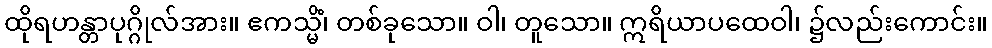
ထိုရဟန္တာပုဂ္ဂိုလ်အား။ ဧကသ္မိံ၊ တစ်ခုသော။ ဝါ၊ တူသော။ ဣရိယာပထေဝါ၊ ၌လည်းကောင်း။